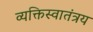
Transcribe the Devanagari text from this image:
व्यक्तिस्वातंत्रय